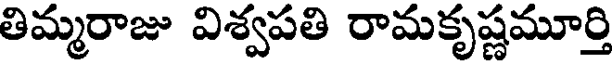
తిమ్మరాజు విశ్వపతి రామకృష్ణమూర్తి